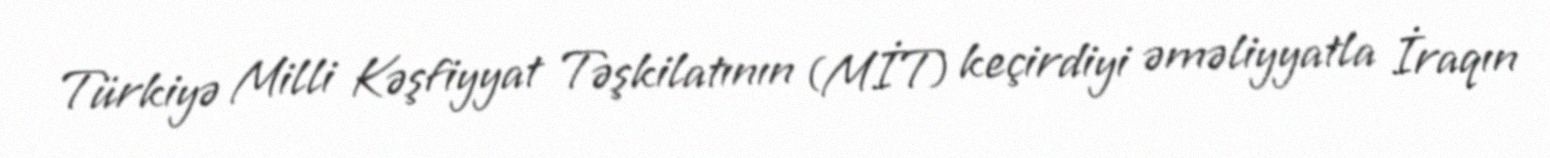
Türkiyə Milli Kəşfiyyat Təşkilatının (MİT) keçirdiyi əməliyyatla İraqın